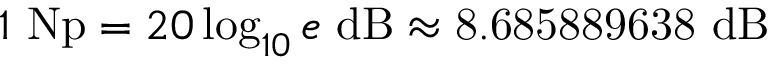
1 \ { \mathrm { N p } } = 2 0 \log _ { 1 0 } e \ { \mathrm { d B } } \approx { \mathrm { 8 . 6 8 5 8 8 9 6 3 8 ~ d B } }